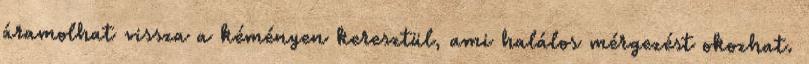
áramolhat vissza a kéményen keresztül, ami halálos mérgezést okozhat.